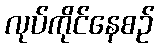
လုပ်ကိုင်နေစဉ်